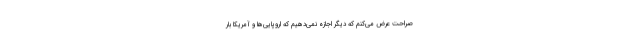
‌صراحت عرض می‌کنم که دیگر اجازه نمی‌دهیم که اروپایی‌ها و آمریکا بار